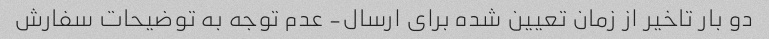
دو بار تاخیر از زمان تعیین شده برای ارسال- عدم توجه به توضیحات سفارش